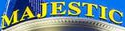
MAJESTIC